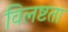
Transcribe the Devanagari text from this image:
विलष्टता